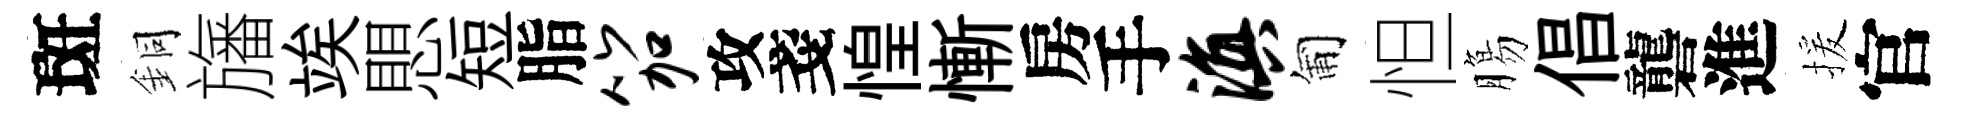
斑銅旛竢愳短脂笳攻戔惶慚房手滇匍怛膓倡礱進援官